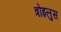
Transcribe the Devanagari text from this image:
त्रोइलुस